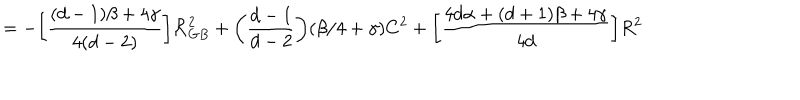
LaTeX: = - \bigg [ \frac { ( d - 1 ) \beta + 4 \gamma } { 4 ( d - 2 ) } \bigg ] { \cal R } _ { G B } ^ { 2 } + \bigg ( \frac { d - 1 } { d - 2 } \bigg ) ( \beta / 4 + \gamma ) C ^ { 2 } + \bigg [ \frac { 4 d \alpha + ( d + 1 ) \beta + 4 \gamma } { 4 d } \bigg ] R ^ { 2 }